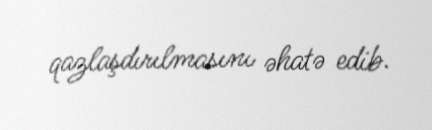
qazlaşdırılmasını əhatə edib.